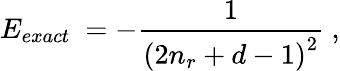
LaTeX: E_{exact}\ =-\frac{1}{\left(2n_{r}+d-1\right)^{2}}\ ,